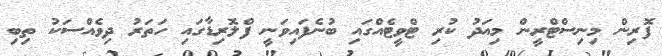
ފޮރިން މިނިސްޓްރީން މިއަދު ކުރި ޓްވީޓެއްގައި ބުނެފައިވަނީ ފްލޮރިޑާގައި ހަތަރު ދިވެއްސަކު ތިބި